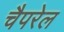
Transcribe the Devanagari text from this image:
चैपरेल